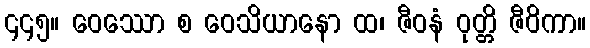
၄၄၅။ ဝေဿော စ ဝေသိယာနော ထ၊ ဇီဝနံ ဝုတ္တိ ဇီဝိကာ။